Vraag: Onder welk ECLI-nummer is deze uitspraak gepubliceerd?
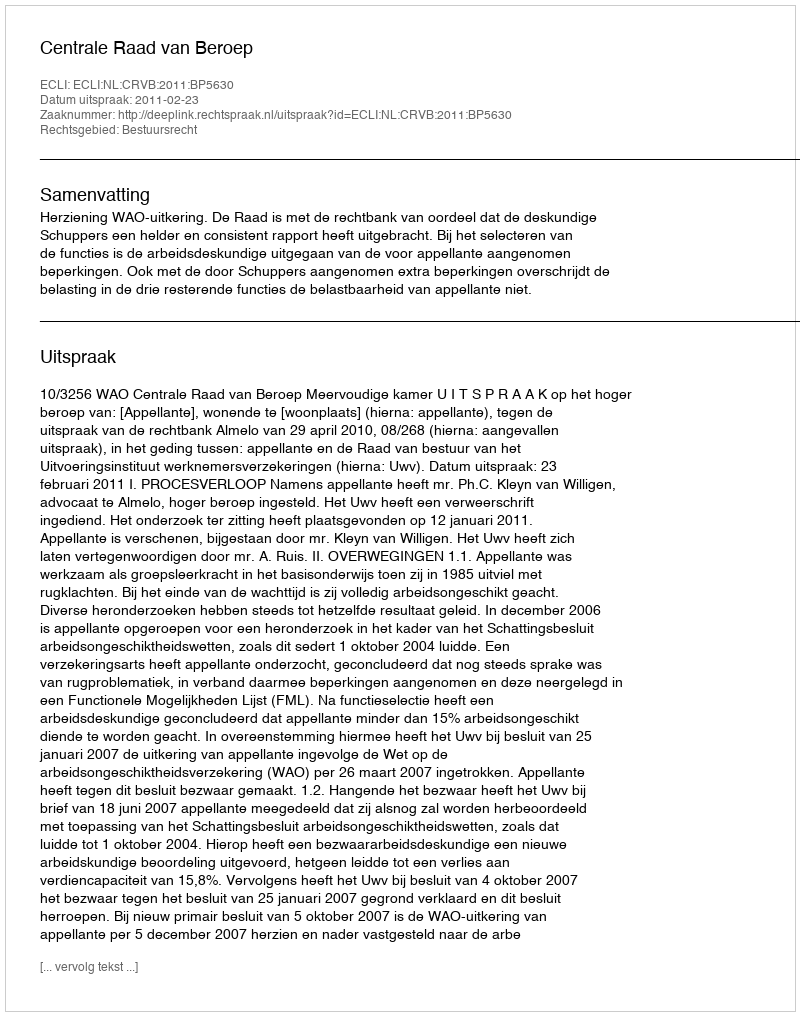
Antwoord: ECLI:NL:CRVB:2011:BP5630